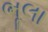
ભૂલા